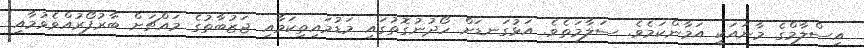
އިސްލާމްގެ މާނައަކީ އަމާންކަމެވެ. ސަލާމަތެވެ. އަޅުގަނޑަށް ހޯދުނުގޮތުގައި މަޑުމައިތިކަމާއި ޖަޒުބާތުގެ މައްޗަށް ބާރުފޯރުއްވެވުމާއި